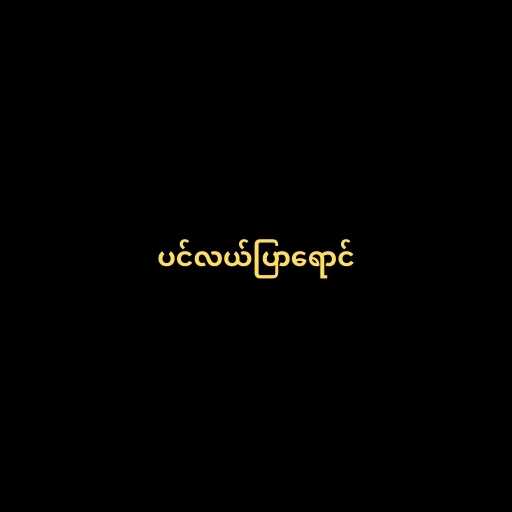
ပင်လယ်ပြာရောင်